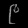
Digit: ၉